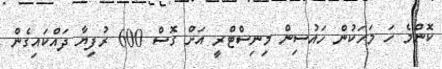
ކޮންމެ ހަ މަހަކުން ހައުސިން މިނިސްޓްރީ އަށް ގޮސް 600 ރުފިޔާ ދައްކައިގެން